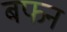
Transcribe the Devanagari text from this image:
बफन